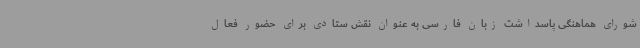
شورای هماهنگی پاسداشت زبان فارسی به عنوان نقش ستادی برای حضور فعال